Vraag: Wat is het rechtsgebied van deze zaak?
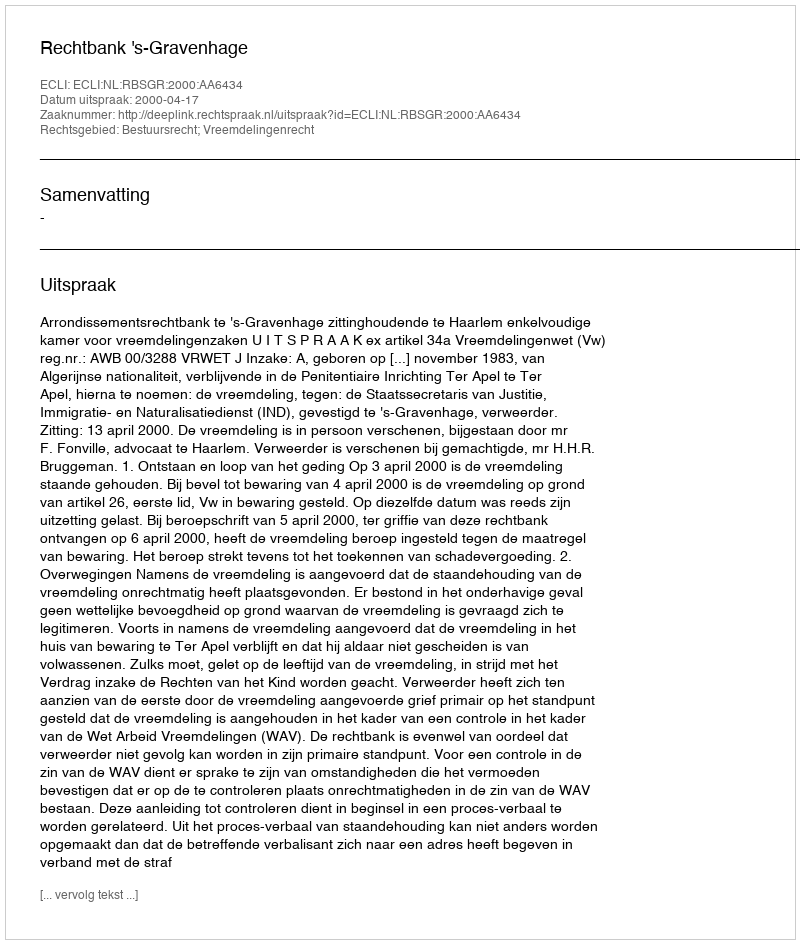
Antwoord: Bestuursrecht; Vreemdelingenrecht